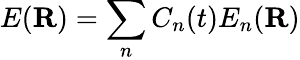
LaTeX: E(\mathbf{R})=\sum_{n}C_{n}(t)E_{n}(\mathbf{R})